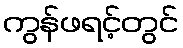
ကွန်ဖရင့်တွင်